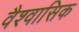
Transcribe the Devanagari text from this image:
वैश्वासिक